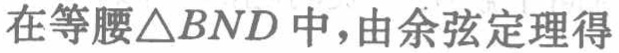
在等腰\(\triangle BND\)中，由余弦定理得